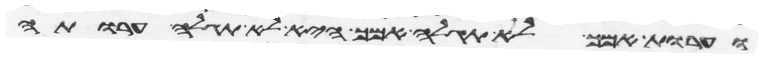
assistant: וערות אמך לא תגלה אמך היא לא תגלה ערותה